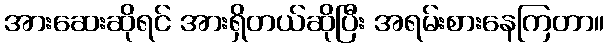
အားဆေးဆိုရင် အားရှိတယ်ဆိုပြီး အရမ်းစားနေကြတာ။